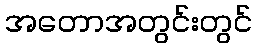
အတောအတွင်းတွင်